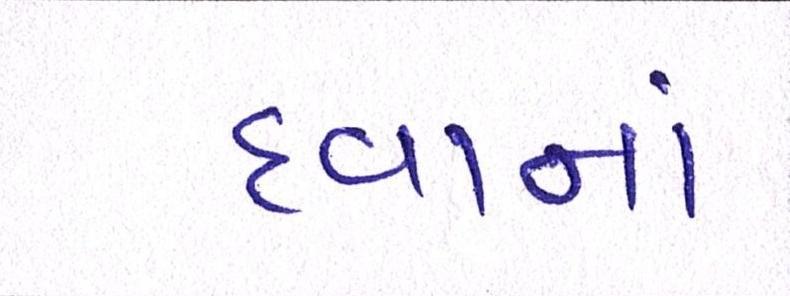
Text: દવાનાં